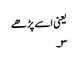
یعنی اسے پڑھے
۳۔